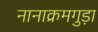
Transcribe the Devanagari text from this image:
नानाक्रमगुड़ा